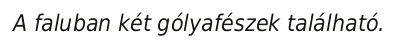
A faluban két gólyafészek található.